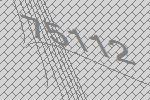
75112